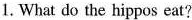
1. What do the hippos eat?